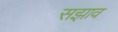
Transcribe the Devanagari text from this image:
सझाव